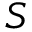
S